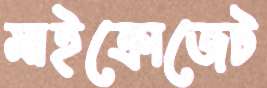
মাইক্রোজেট